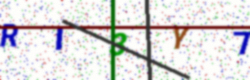
Text: RI3Y7